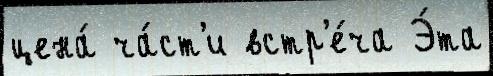
цена́ ча́ст'и встр'е́ча Э́та